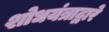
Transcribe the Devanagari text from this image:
शोधयंत्राद्वारे